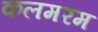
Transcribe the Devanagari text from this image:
कलमरम